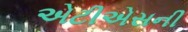
એટીએસની